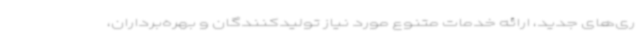
ری‌های جدید، ارائه خدمات متنوع مورد نیاز تولیدکنندگان و بهره‌برداران،